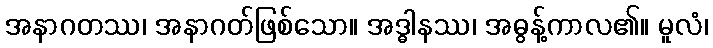
အနာဂတဿ၊ အနာဂတ်ဖြစ်သော။ အဒ္ဓါနဿ၊ အဓွန့်ကာလ၏။ မူလံ၊